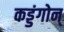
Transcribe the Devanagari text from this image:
कड्डंगोन्